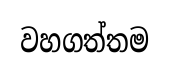
වහගත්තම